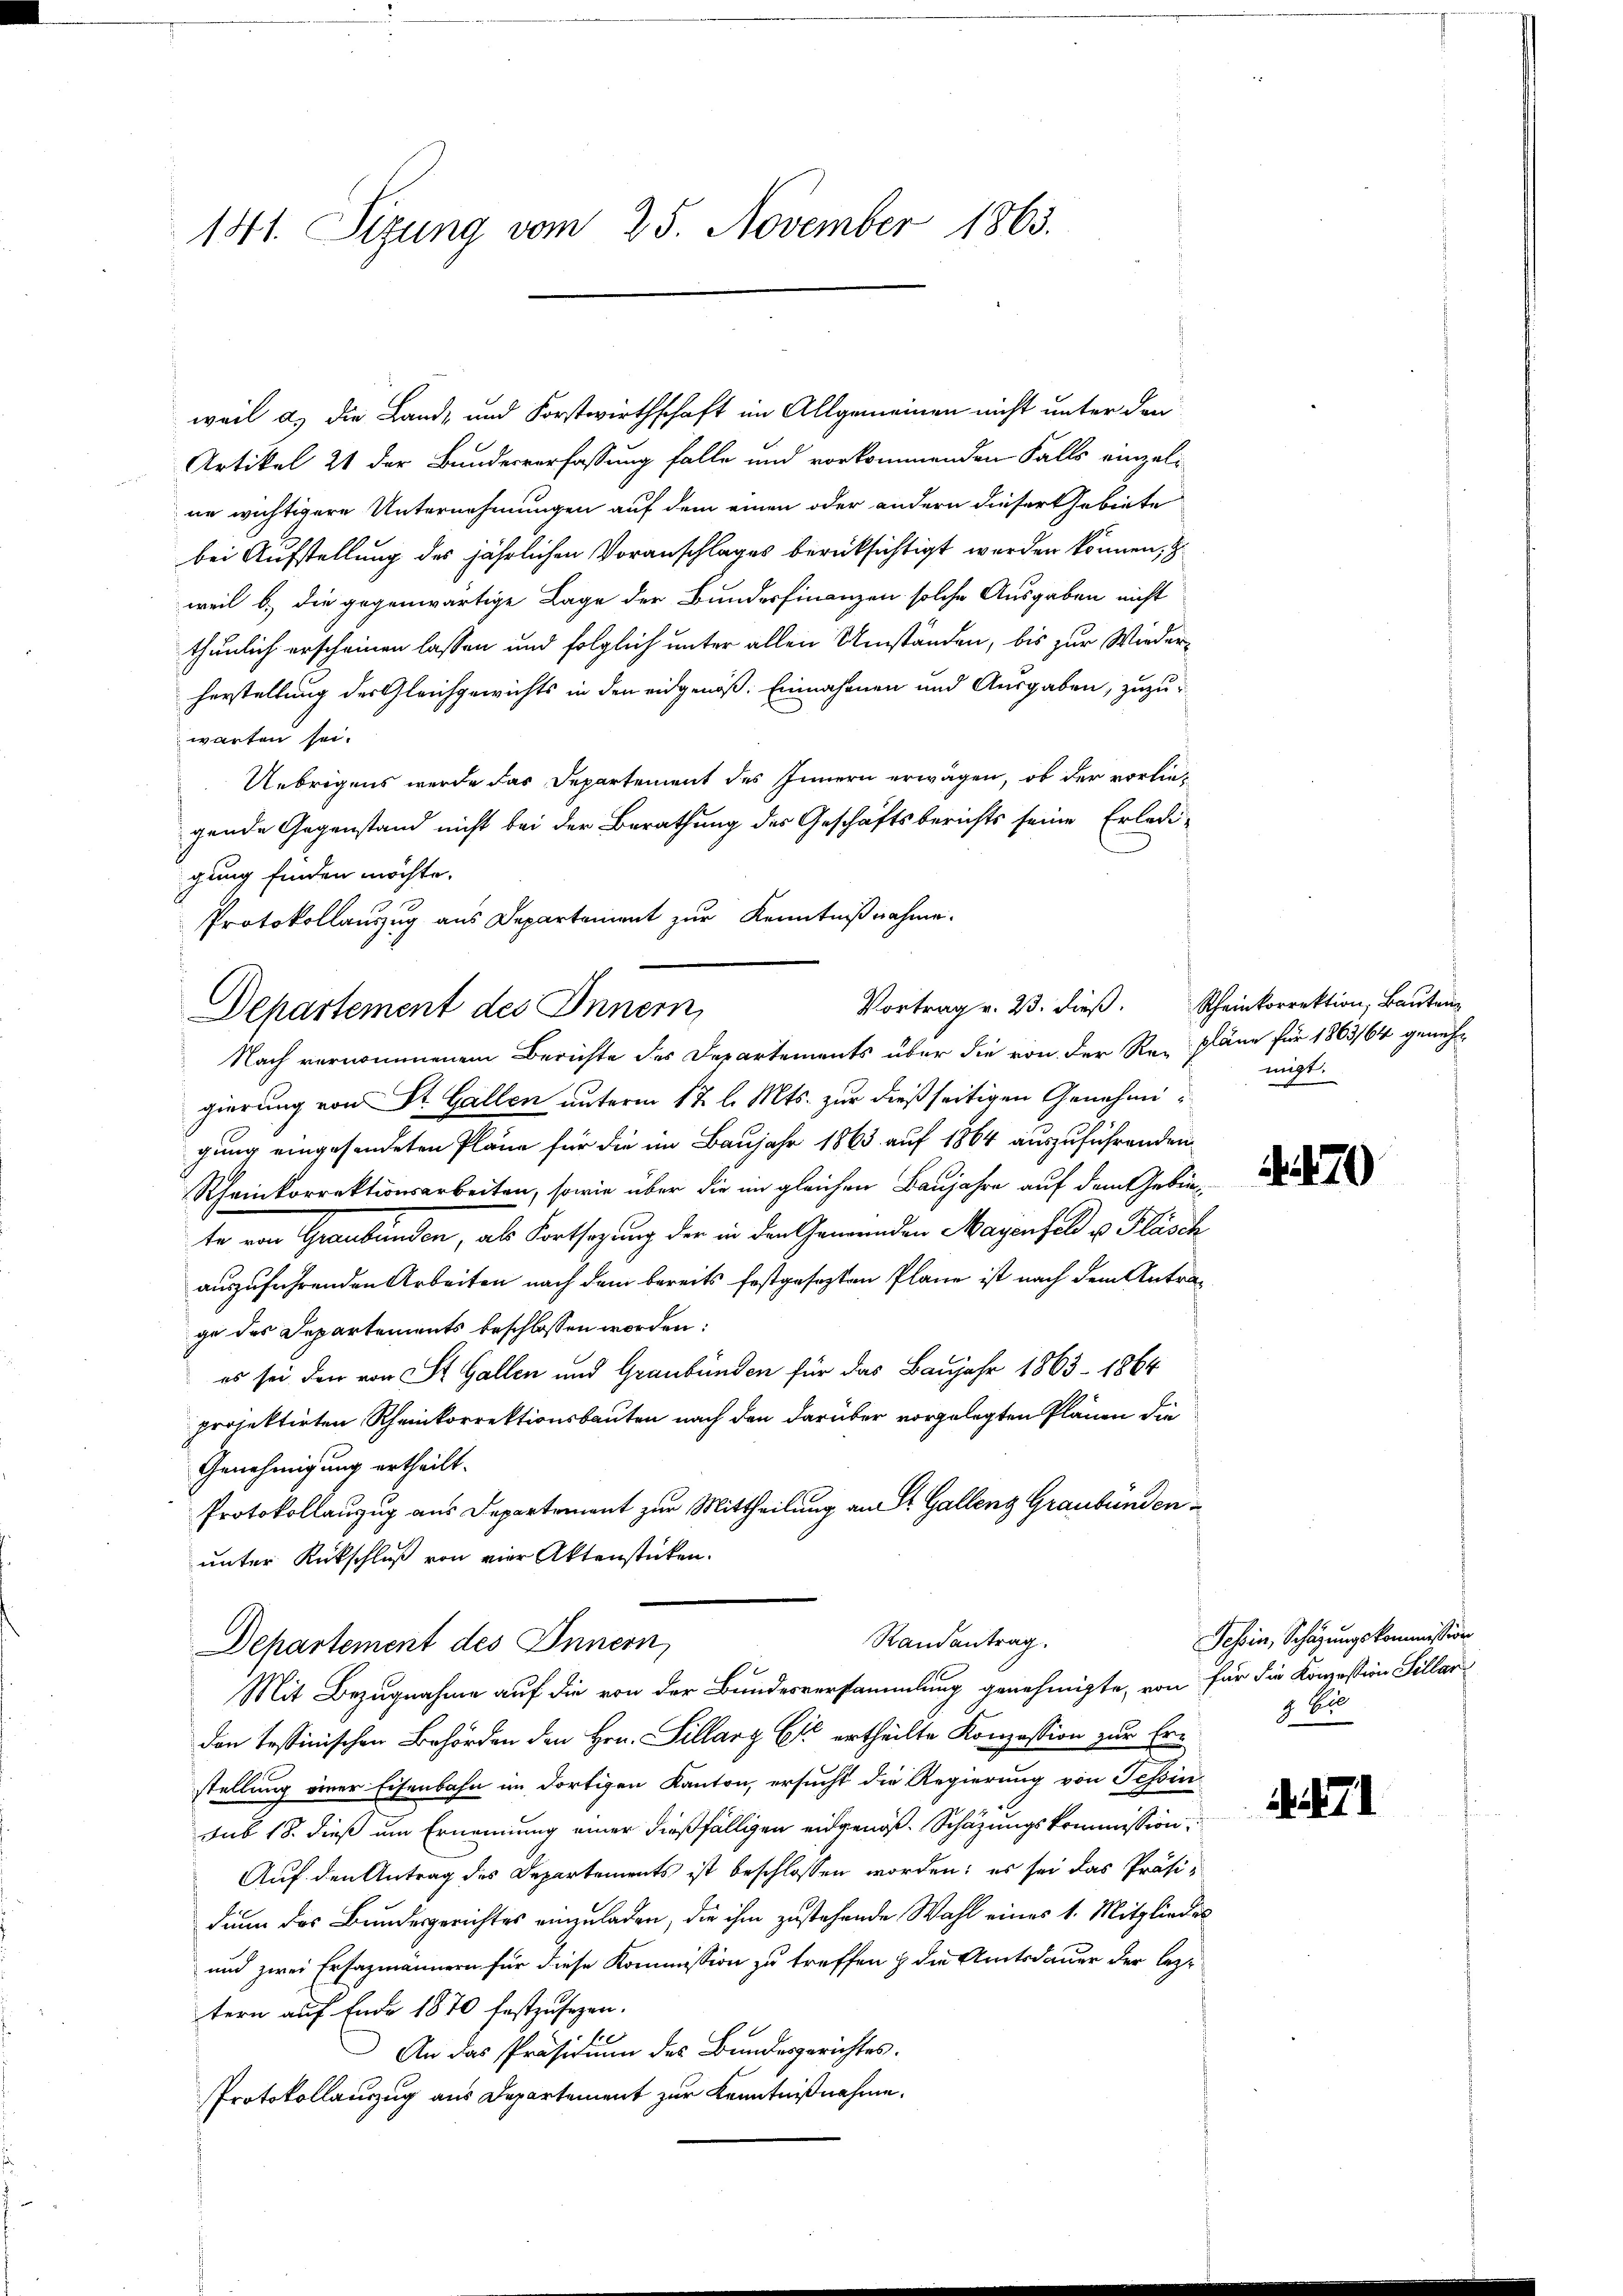
141. Sizung vom 25. November 1863.

weil a. die Land- und Forstwirthschaft im Allgemeinen nicht unter den
Artikel 21 der Bundesverfassung falle und vorkommenden Falls einzelne wichtigere Unternehmungen auf dem einen oder andern dieser Gebiete
bei Aufstellung des jährlichen Voranschlages berücksichtigt werden können,
weil b.) die gegenwärtige Lage der Bundesfinanzen solche Ausgaben nicht
thunlich erscheinen lassen und folglich unter allen Umständen, bis zur Wiederherstellung des Gleichgewichts in den eidgenöß: Einnahmen und Ausgaben, zuzuwarten sei.
Uebrigens werde das Departement des Innern erwägen, ob der vorliegende Gegenstand nicht bei der Berathung des Geschäftsberichts seine Erledigung finden möchte.
Protokollauszug aus Departement zur Kenntnißnahme.
Departement des Innern,
Nach vernommenem Berichte des Departements über die von der Re- Pläne für 1863/64 genehgierung von St. Gallen unterm 12. l. Mts. zur dießseitigen Genehmigung eingesendeten Pläne für die im Baujahr 1863 auf 1864 auszuführenden
Rheinkorrektionsarbeiten, sowie über die im gleichen Baujahre auf dem Gebrüte von Graubünden, als Fortsagung der in den Gemeinden Magenfeld u. Flasch
auszuführenden Arbeiten nach dem bereits festgesezten Plane ist nach dem Antrage des Departements beschlossen worden:
es sei den von St. Gallen und Graubünden für das Baŭjahr 1863 - 1864
projektirten Rheinkorrektionsbauten nach den darüber vorgelegten Plänen die
Genehmigung ertheilt.
Protokollanzug aus Departement zur Mittheilung an St. Gallenz Graubünden
unter Rückschluß von vier Aktenstücken.
Randantrag.
Departement des Innern,
Mit Bezugnahme auf die von der Bundesversammlung genehmigte, von für die Konzession Sillar
den testinischen Behörden den Hrn. Sillarz Er ertheilte Konzession zur Erstellung einer Eisenbahn im dortigen Kanton, ersucht die Regierung von Tessin
sub 18. dieß um Ernennung einer dießfälligen eidgenöß Schazungskommission.
Auf den Antrag des Departements ist beschlossen worden; es sei das Präsidenn das Bundesgerichtes einzuladen, die ihm zustehende Wahl eines 1. Mitglieder
und zwei Erfazmännern für diese Kommission zu treffen & die Amtsdauer der lezt
tern auf Ende 1870 festzusezen.
An das Präsidium des Bundesgerichtes.
Protokollauszug aus Departement zur Kenntnißnahme.

Vortrag v. 23. dieβ. Scheinkorrektion, Baŭten
migt.

470

Schin, Schazungskommission
4 Bill

17.1